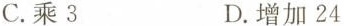
C.乘3 D.增加24